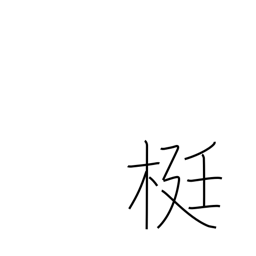
Meaning: lever